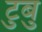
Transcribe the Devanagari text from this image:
टुबु